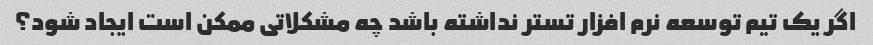
اگر یک تیم توسعه نرم افزار تستر نداشته باشد چه مشکلاتی ممکن است ایجاد شود؟